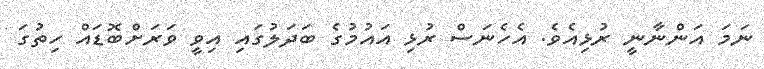
ނަމަ އަންނާނީ ރުޅިއެވެ. އެހެނަސް ރުޅި އައުމުގެ ބަދަލުގައި އިވީ ވަރަށްބޮޑައް ހިތުގަ